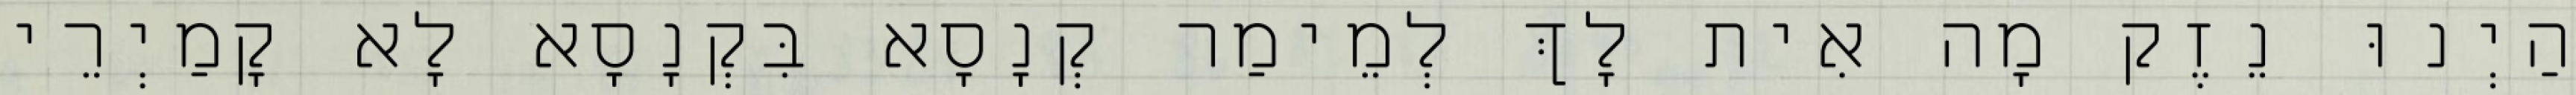
הַיְנוּ נֵזֶק מָה אִית לָךְ לְמֵימַר קְנָסָא בִּקְנָסָא לָא קָמַיְרֵי